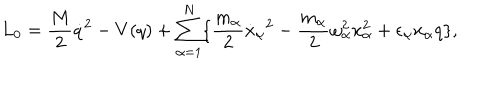
L _ { 0 } = \frac { M } { 2 } { \dot { q } } ^ { 2 } - V ( q ) + \sum _ { \alpha = 1 } ^ { N } \{ \frac { m _ { \alpha } } { 2 } { \dot { x } _ { \alpha } } ^ { 2 } - \frac { m _ { \alpha } } { 2 } \omega _ { \alpha } ^ { 2 } x _ { \alpha } ^ { 2 } + { \epsilon } _ { \alpha } x _ { \alpha } q \} ,